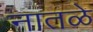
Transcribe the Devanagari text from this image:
नातळे